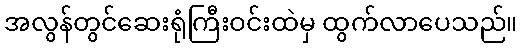
အလွန်တွင်ဆေးရုံကြီးဝင်းထဲမှ ထွက်လာပေသည်။